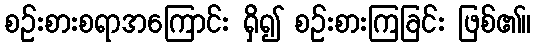
စဉ်းစားစရာအကြောင်း ရှိ၍ စဉ်းစားကြခြင်း ဖြစ်၏။